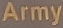
Army